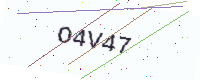
Text: O4V47